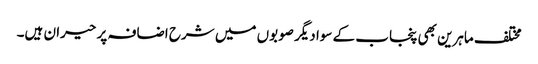
مختلف ماہرین بھی پنجاب کے سوا دیگر صوبوں میں شرح اضافہ پر حیران ہیں۔